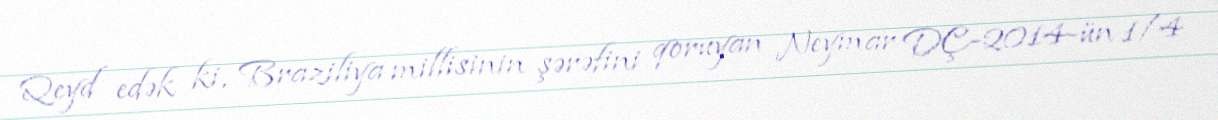
Qeyd edək ki, Braziliya millisinin şərəfini qoruyan Neymar DÇ-2014-ün 1/4